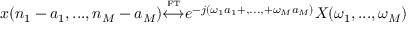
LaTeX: x ( n _ { 1 } - a _ { 1 } , . . . , n _ { M } - a _ { M } ) { \overset { \underset { \mathrm { F T } } { } } { \longleftrightarrow } } e ^ { - j ( \omega _ { 1 } a _ { 1 } + , . . . , + \omega _ { M } a _ { M } ) } X ( \omega _ { 1 } , . . . , \omega _ { M } )